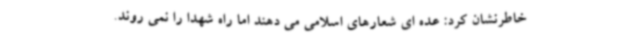
خاطرنشان کرد: عده ای شعارهای اسلامی می دهند اما راه شهدا را نمی روند.